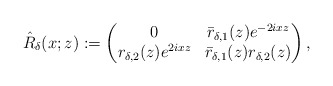
\begin{align*}\hat{R}_{\delta}(x;z):=\begin{pmatrix}0 & \bar{r}_{\delta,1}(z) e^{-2ixz} \\r_{\delta,2}(z) e^{2ixz} & \bar{r}_{\delta,1}(z) r_{\delta,2}(z)\end{pmatrix},\end{align*}